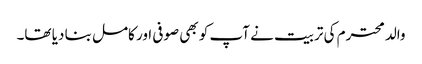
والد محترم کی تربیت نے آپ کو بھی صوفی اور کامل بنا دیا تھا۔